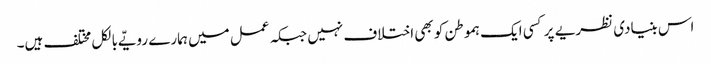
اس بنیادی نظریے پر کسی ایک ہموطن کو بھی اختلاف نہیں جبکہ عمل میں ہمارے رویّے بالکل مختلف ہیں۔